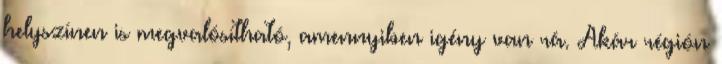
helyszínen is megvalósítható, amennyiben igény van rá. Akár régión